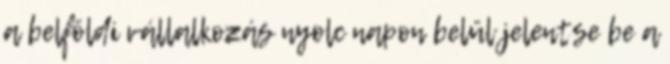
a belföldi vállalkozás nyolc napon belül jelentse be a